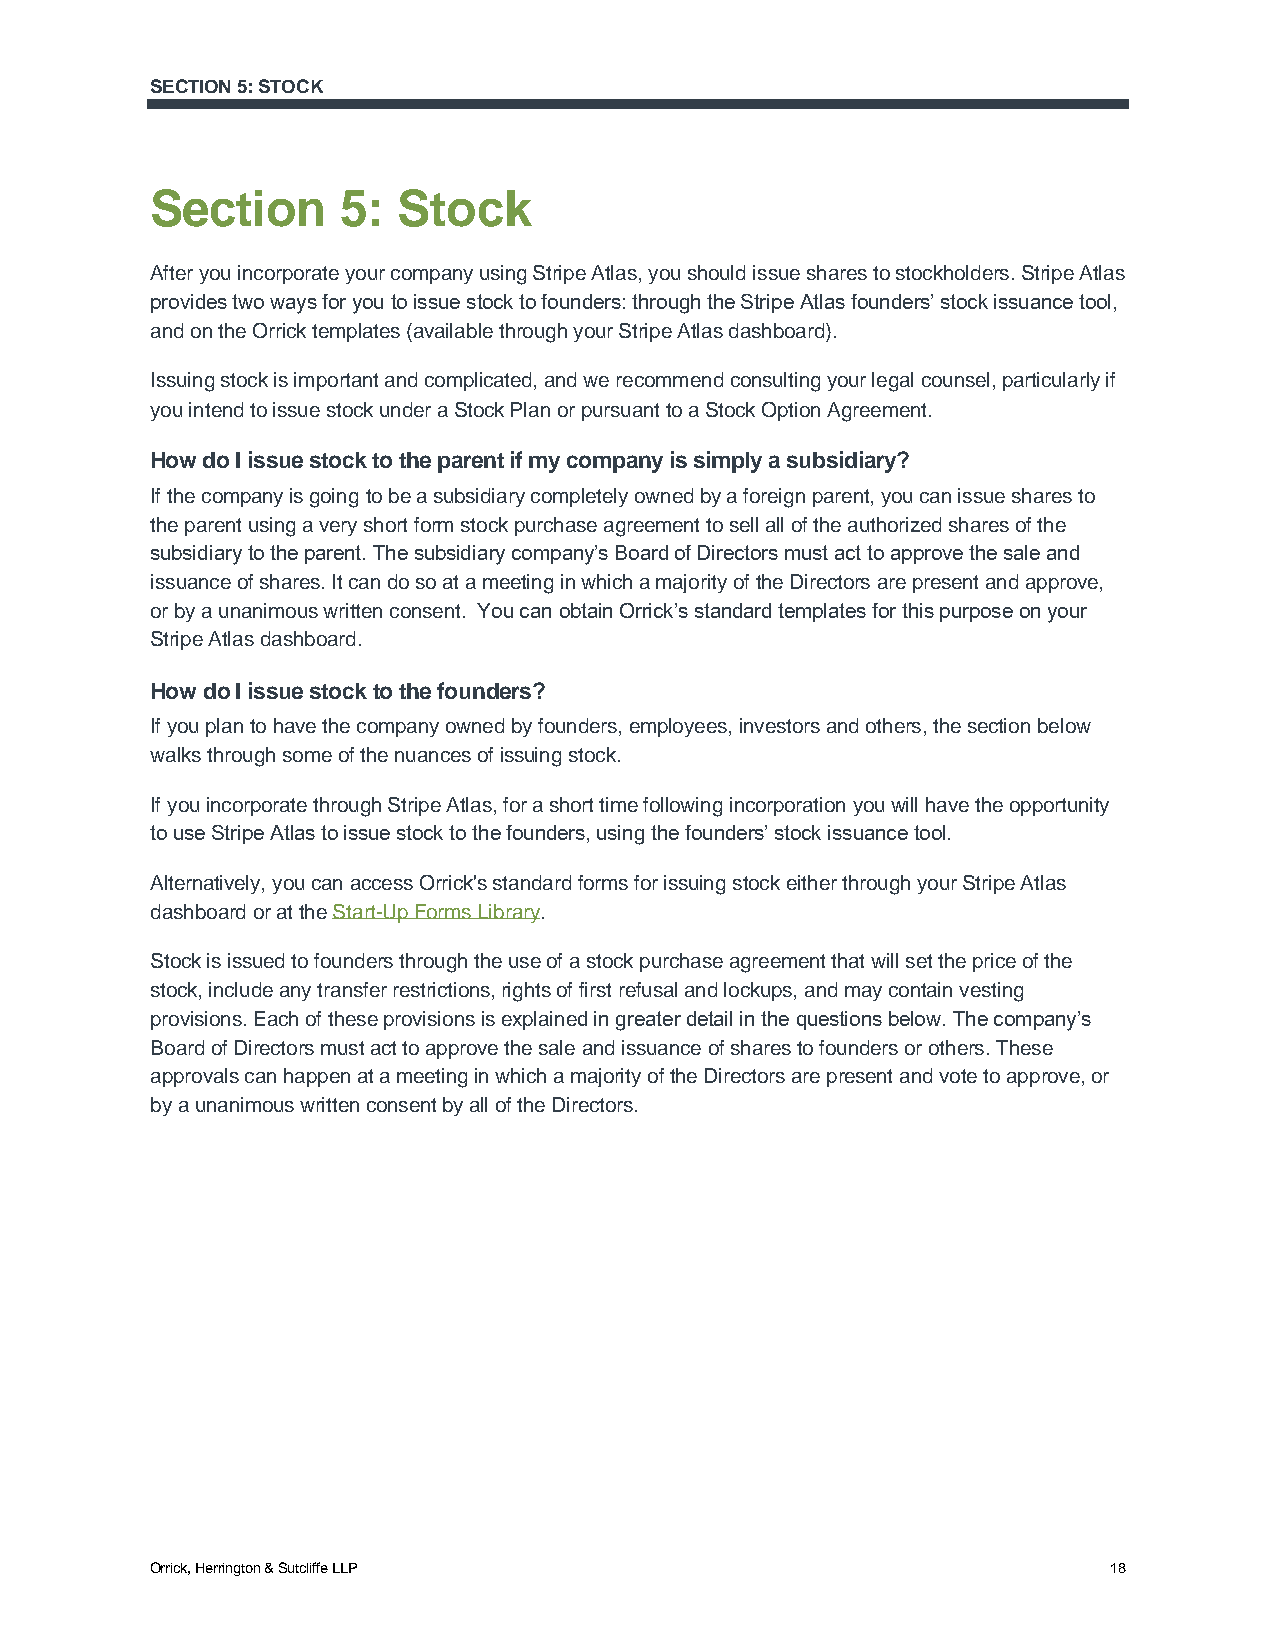
SECTION 5: STOCK
 Section      5: Stock
 After you incorporate your company using Stripe Atlas, you should issue shares to stockholders. Stripe Atlas
 provides two ways for you to issue stock to founders: through the Stripe Atlas founders’ stock issuance tool,
 and on the Orrick templates (available through your Stripe Atlas dashboard).
 Issuing stock is important and complicated, and we recommend consulting your legal counsel, particularly if
 you intend to issue stock under a Stock Plan or pursuant to a Stock Option Agreement.
 How do I issue stock to the parent if my company is simply a subsidiary?
 If the company is going to be a subsidiary completely owned by a foreign parent, you can issue shares to
 the parent using a very short form stock purchase agreement to sell all of the authorized shares of the
 subsidiary to the parent. The subsidiary company’s Board of Directors must act to approve the sale and
 issuance of shares. It can do so at a meeting in which a majority of the Directors are present and approve,
 or by a unanimous written consent. You can obtain Orrick’s standard templates for this purpose on your
 Stripe Atlas dashboard.
 How do I issue stock to the founders?
 If you plan to have the company owned by founders, employees, investors and others, the section below
 walks through some of the nuances of issuing stock.
 If you incorporate through Stripe Atlas, for a short time following incorporation you will have the opportunity
 to use Stripe Atlas to issue stock to the founders, using the founders’ stock issuance tool.
 Alternatively, you can access Orrick's standard forms for issuing stock either through your Stripe Atlas
 dashboard or at the Start-Up Forms Library.
 Stock is issued to founders through the use of a stock purchase agreement that will set the price of the
 stock, include any transfer restrictions, rights of first refusal and lockups, and may contain vesting
 provisions. Each of these provisions is explained in greater detail in the questions below. The company’s
 Board of Directors must act to approve the sale and issuance of shares to founders or others. These
 approvals can happen at a meeting in which a majority of the Directors are present and vote to approve, or
 by a unanimous written consent by all of the Directors.
 Orrick, Herrington & Sutcliffe LLP                             18